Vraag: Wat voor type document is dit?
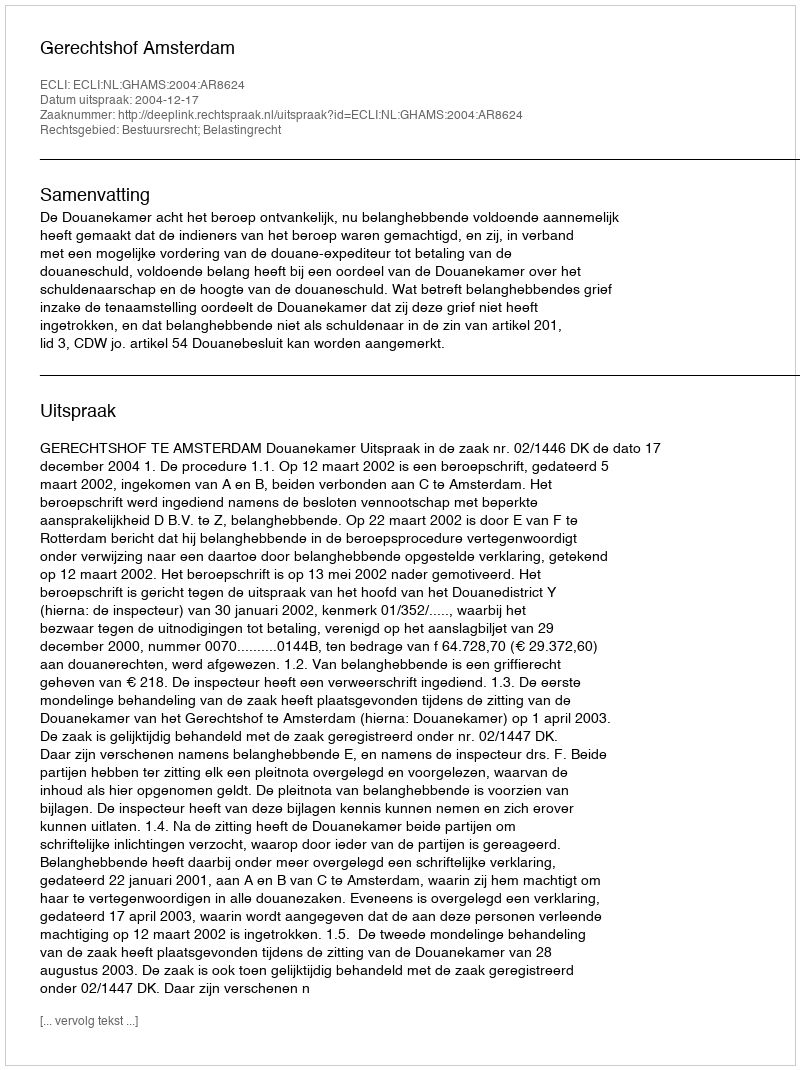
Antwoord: Uitspraak